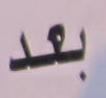
بعد